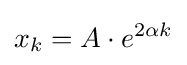
x_{k}=A\cdot e^{2\alpha k}